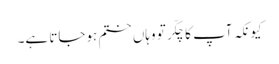
کیونکہ آپ کا چکّر تو وہاں ختم ہوجاتا ہے۔